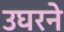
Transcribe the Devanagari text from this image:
उघरने